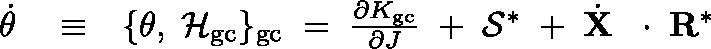
\begin{array} { r l r } { \dot { \theta } } & { { } \equiv } & { \{ \theta , \; { \cal H } _ { \mathrm { g c } } \} _ { \mathrm { g c } } \; = \; \frac { \partial K _ { \mathrm { g c } } } { \partial J } \; + \; { \cal S } ^ { * } \; + \; \dot { \bf X } \, \mathrm { ~ \boldmath ~ \cdot ~ } \, { \bf R } ^ { * } } \end{array}